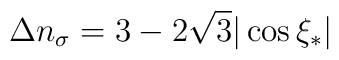
\Delta n_\sigma = 3 - 2\sqrt{3}|\cos\xi_*|